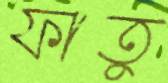
ফাতু